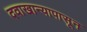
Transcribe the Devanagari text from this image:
दवाखान्यापासून